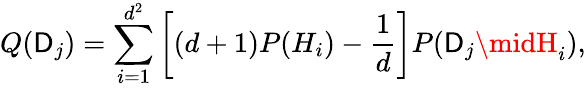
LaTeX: Q(\mathsf{D}_{j})=\sum_{i=1}^{d^{2}}\left[(d+1)P(H_{i})-{\frac{{1}}{{d}}}\right]P(\mathsf{D}_{j}\midH_{i}),